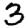
Digit: 3